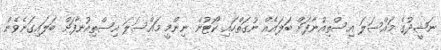
ނަޝީދުގެ މައްސަލަ އިސްތިއުނާފަށް ބަލައެއް ނުގަތްހައި ކޯޓުން ނިންމީ މައްސަލަ އިސްތިއުނާފަށް ބަލައިގަނެވެން